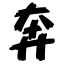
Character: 奔